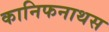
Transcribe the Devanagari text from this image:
कानिफनाथस